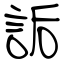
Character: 詬